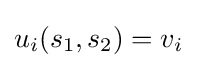
u_{i}(s_{1},s_{2})=v_{i}